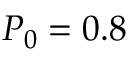
P _ { 0 } = 0 . 8